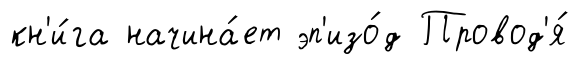
кн'и́га начина́ет эп'изо́д Провод'я́